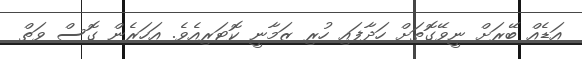
އަޑެއް ބޭރަށް ނީވޭގޮތަށް ހަދާފައި ހުރި ޒަމާނީ ކޮޓަރިއެވެ. އަހަރެން ގޮސް ވަތް